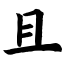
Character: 且